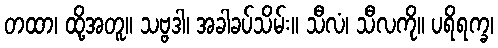
တထာ၊ ထို့အတူ။ သဗ္ဗဒါ၊ အခါခပ်သိမ်း။ သီလံ၊ သီလကို။ ပရိရက္ခ၊